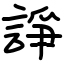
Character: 諍